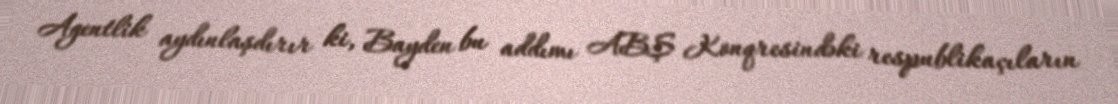
Agentlik aydınlaşdırır ki, Bayden bu addımı ABŞ Konqresindəki respublikaçıların